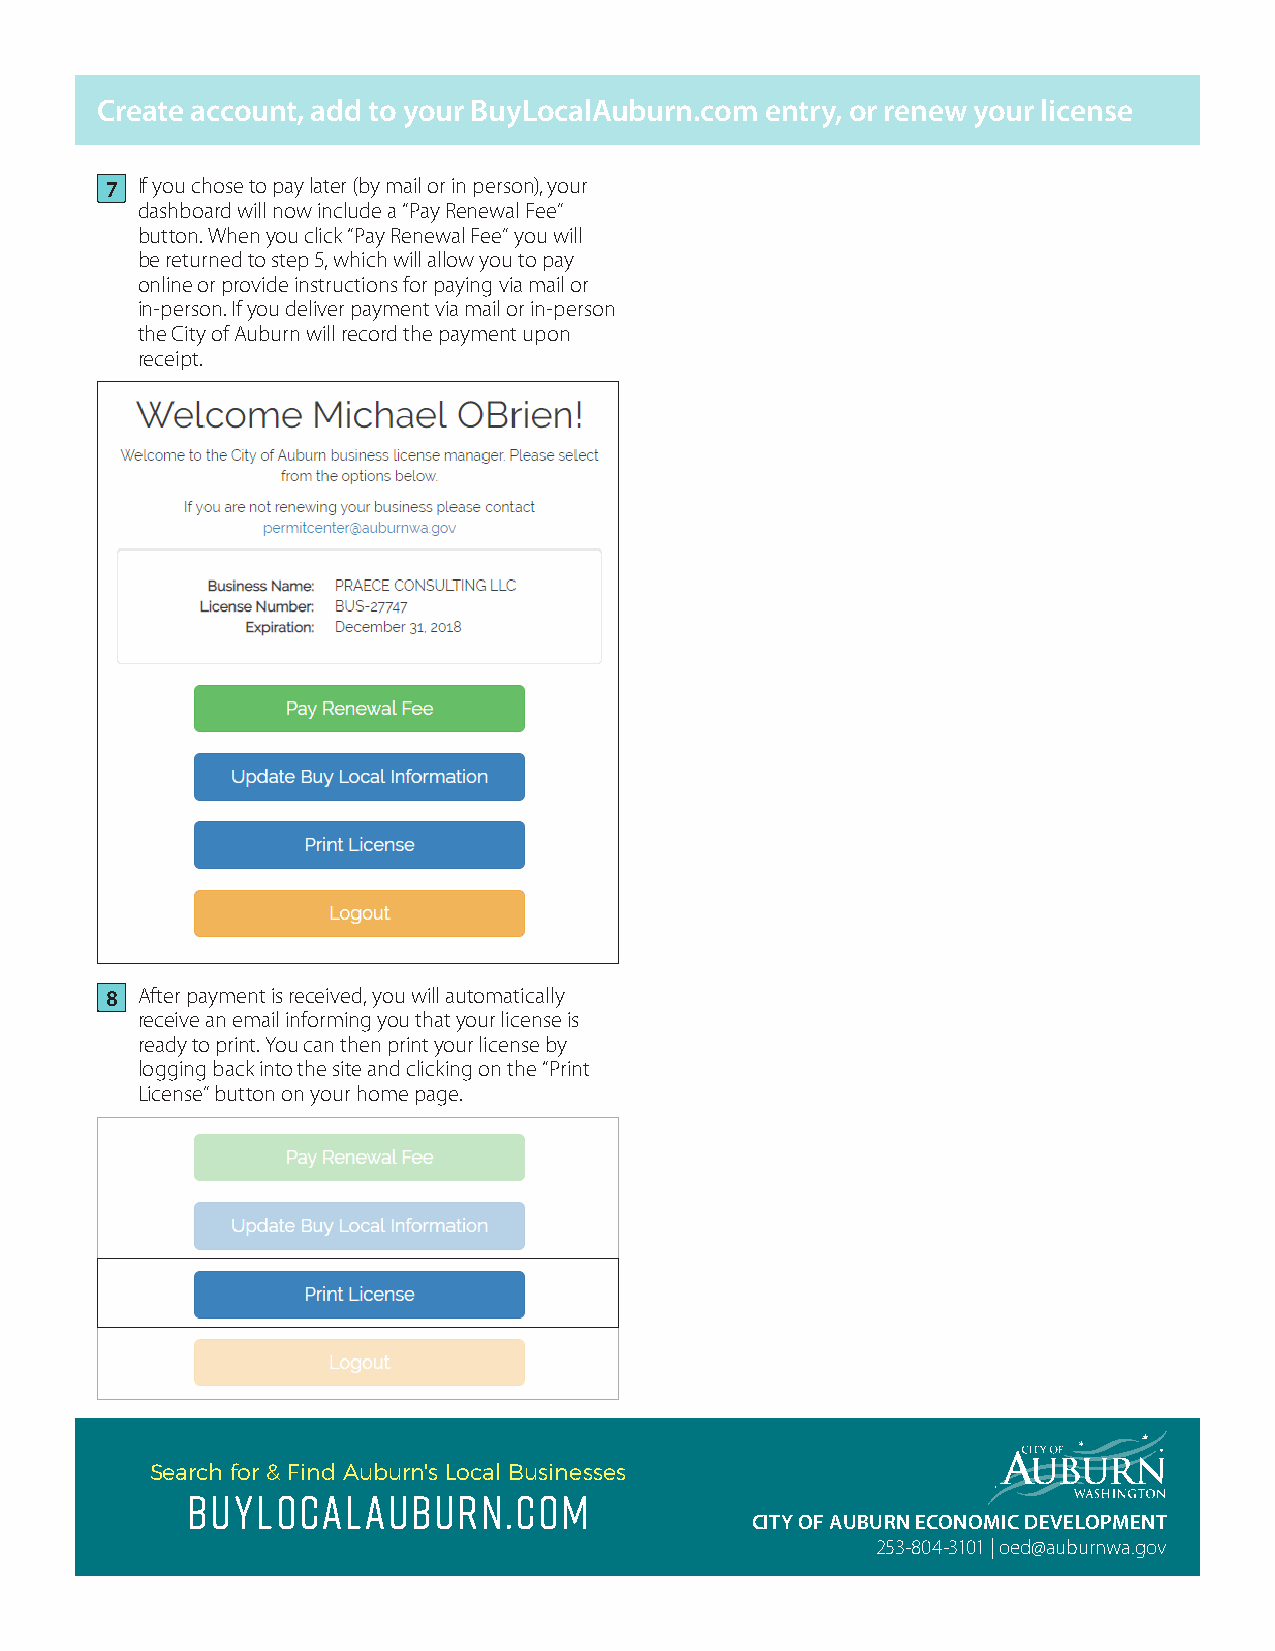
Create account, add to your BuyLocalAuburn.com entry, or renew your license
 7 If you chose to pay later (by mail or in person), your
 dashboard will now include a “Pay Renewal Fee”
 button. When you click “Pay Renewal Fee” you will
 be returned to step 5, which will allow you to pay
 online or provide instructions for paying via mail or
 in-person. If you deliver payment via mail or in-person
 the City of Auburn will record the payment upon
 receipt.
 8 After payment is received, you will automatically
 receive an email informing you that your license is
 ready to print. You can then print your license by
 logging back into the site and clicking on the “Print
 License” button on your home page.
 Search for & Find Auburn's Local Businesses
 buylocalauburn.com
 CITY OF AUBURN ECONOMIC DEVELOPMENT
 253-804-3101 | oed@auburnwa.gov